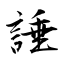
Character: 諈